画像に写った文字を読んでください
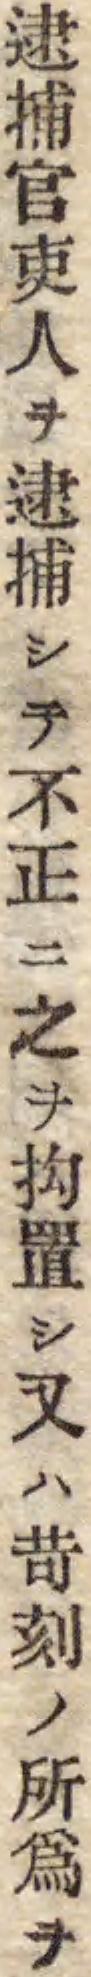
「逮捕官吏人ヲ逮捕シテ不正ニ之ヲ抅置シ又ハ苛刻ノ所爲ヲ」と書いてあります